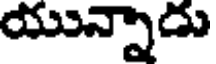
యున్నాడు